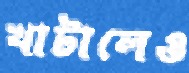
খাটালেও